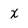
Character: X